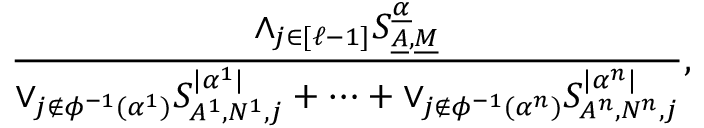
\frac { \wedge _ { j \in [ \ell - 1 ] } S _ { \underline { { A } } , \underline { { M } } } ^ { \underline { { \alpha } } } } { \vee _ { j \notin \phi ^ { - 1 } ( \alpha ^ { 1 } ) } S _ { A ^ { 1 } , N ^ { 1 } , j } ^ { | \alpha ^ { 1 } | } + \cdots + \vee _ { j \notin \phi ^ { - 1 } ( \alpha ^ { n } ) } S _ { A ^ { n } , N ^ { n } , j } ^ { | \alpha ^ { n } | } } ,